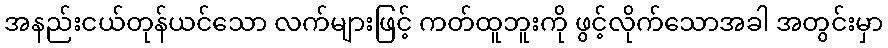
အနည်းငယ်တုန်ယင်သော လက်များဖြင့် ကတ်ထူဘူးကို ဖွင့်လိုက်သောအခါ အတွင်းမှာ